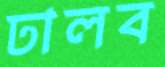
ঢালব